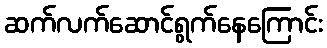
ဆက်လက်ဆောင်ရွက်နေကြောင်း